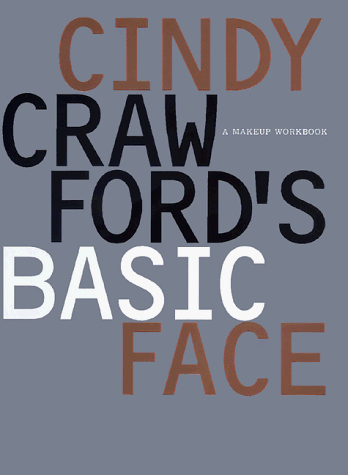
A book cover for Cindy Crawford's Basic Face; Cindy Crawford; Health, Fitness & Dieting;